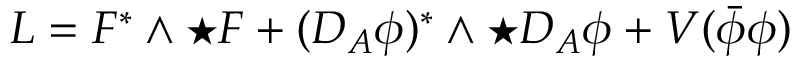
L = F ^ { * } \wedge \star F + ( D _ { A } \phi ) ^ { * } \wedge \star D _ { A } \phi + V ( \bar { \phi } \phi )